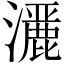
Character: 𤂢